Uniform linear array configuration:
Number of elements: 16
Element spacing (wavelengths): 0.75
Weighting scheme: kaiser
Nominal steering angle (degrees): -15
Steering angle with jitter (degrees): -13.544
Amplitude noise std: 0.05
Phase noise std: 0.05

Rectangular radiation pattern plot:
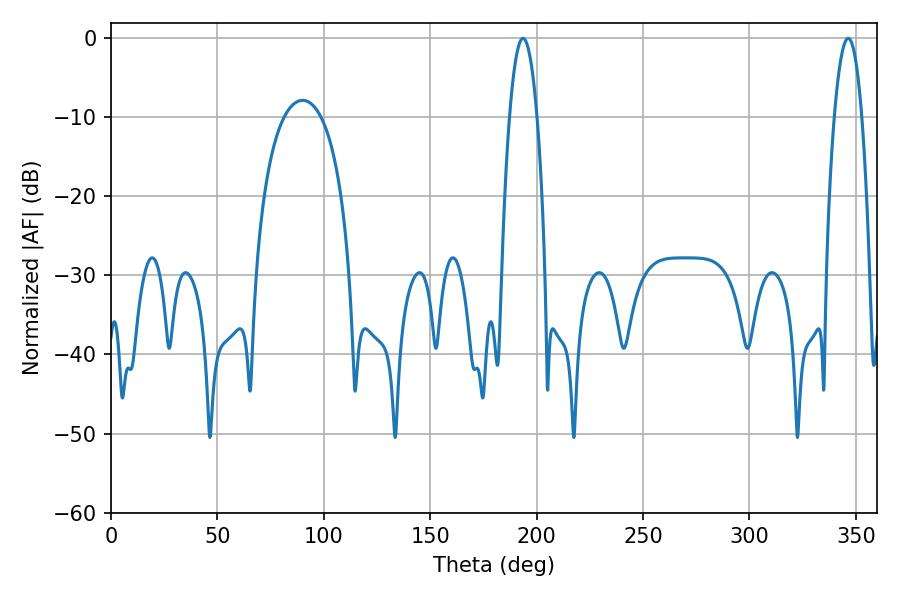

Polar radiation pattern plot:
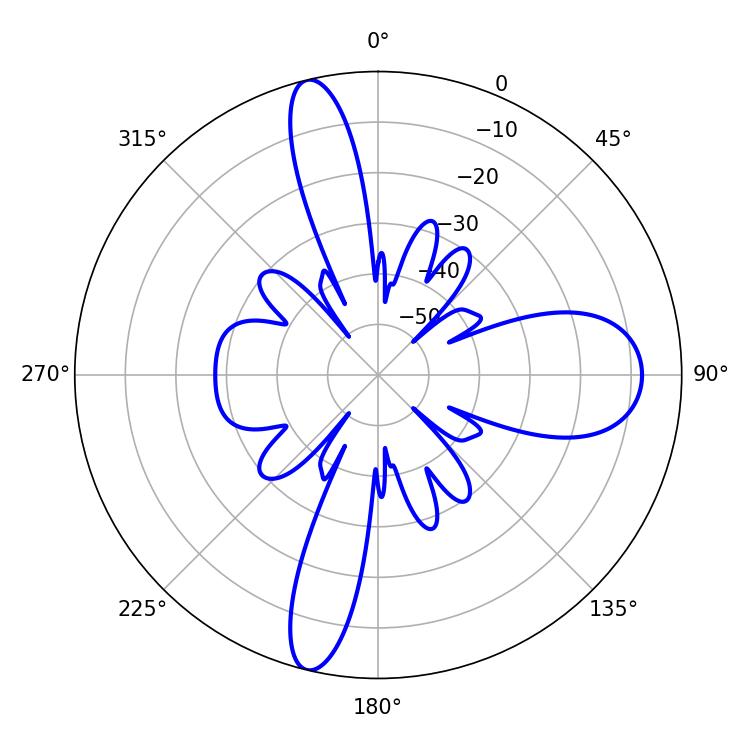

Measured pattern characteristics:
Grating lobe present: TRUE
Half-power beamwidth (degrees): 7.2
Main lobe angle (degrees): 193.68